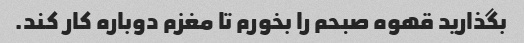
بگذارید قهوه صبحم را بخورم تا مغزم دوباره کار کند.